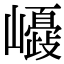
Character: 𡾂